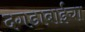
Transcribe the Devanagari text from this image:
दगडाबाईचा